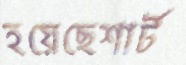
হয়েছেশার্ট